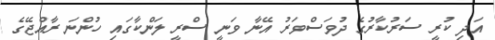
އަދި ކުރީ ސަރުކާރުގެ ދުވަސްވަރު އޭނާ ވަނީ ސްރީ ލަންކާގައި ހުންނަ ރާއްޖޭގެ